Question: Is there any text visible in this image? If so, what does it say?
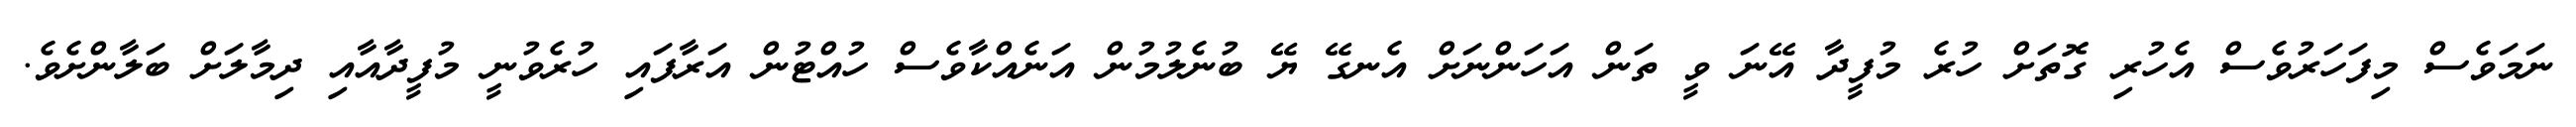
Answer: ނަމަވެސް މިފަހަރުވެސް އެހުރި ގޮތަށް ހުރެ މުފީދާ އޭނަ ވީ ތަން އަހަންނަށް އެނގޭ ޔޭ ބުނެލުމުން އަނެއްކާވެސް ހުއްޓުން އަރާފައި ހުރެވުނީ މުފީދާއާއި ދިމާލަށް ބަލާންށެވެ.